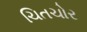
ચિતચોર